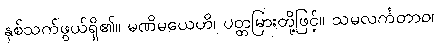
နှစ်သက်ဖွယ်ရှိ၏။ မဏိမယေဟိ၊ ပတ္တမြားတို့ဖြင့်။ သမလင်္ကတာဝ၊